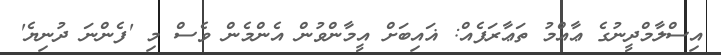
އިސްލާމްދީނުގެ ޢާއްމު ތަޢާރަފެއް: ޣައިބަށް އީމާންވުން އެންމެން ވެސް މި 'ފެންނަ ދުނިޔެ'